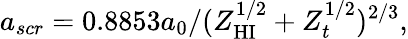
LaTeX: a_{scr}=0.8853a_{0}/(Z_{\mathrm{HI}}^{1/2}+Z_{t}^{1/2})^{2/3},